Vaccination in Bombay 1924-1928 - 1924-1928
Year: 1924
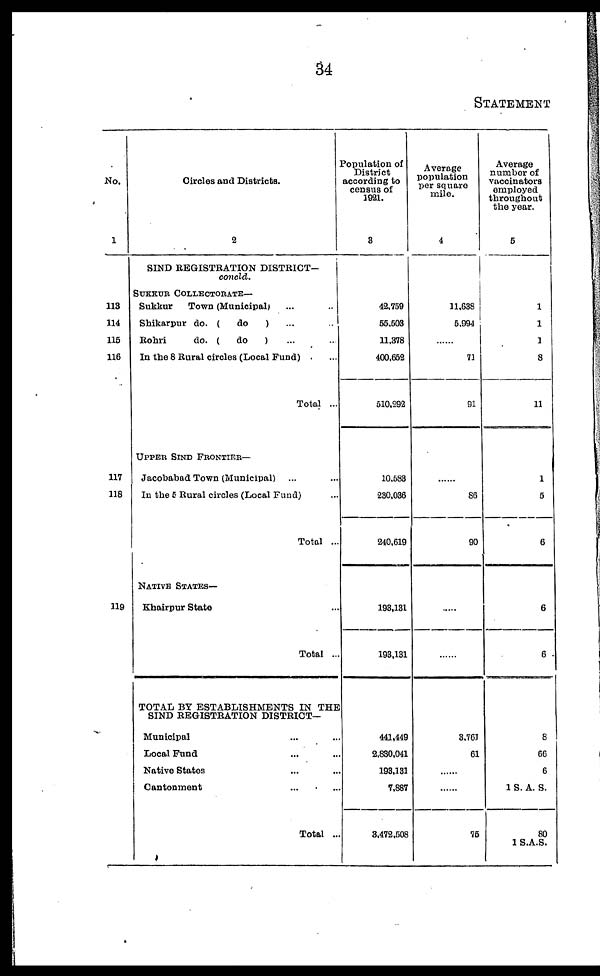
34
STATEMENT
No.
1
113
114
115
116
117
118
119
Circles and Districts.
2
SIND REGISTRATION DISTRICT¬
concld.
SUKKUR COLLECTORATE—
Sukkar
Town (Municipal) ... ...
Shikarpur do. (
do
)
... ...
Rohri
do. (
do
) ... ...
In the 8 Rural circles (Local Fund) ...
Total ...
UPPER SIND FRONTIER—
Jacobabad Town (Municipal) ... ...
In the 5 Rural circles (Local Fund) ...
Total ...
NATIVE STATES—
Khairpur State ...
Total ...
TOTAL BY ESTABLISHMENTS IN THE
SIND REGISTRATION DISTRICT—
Municipal ... ...
Local Fund ... ...
Native States ... ...
Cantonment ... ...
Total ..
Population of
District
according to
census of
1921.
3
42,759
55,503
11,378
400,652
510,292
10,583
230,036
240,619
193,131
193,131
441,449
2,830,041
193,131
7,887
3,472,508
Average
population
per square
mile.
4
11,638
5,994
......
71
91
......
86
90
......
......
3,761
61
......
......
75
Average
number of
vaccinators
employed
throughout
the year.
5
1
1
1
8
11
1
5
6
6
6
8
66
6
1 S. A. S.
80
1 S.A.S.